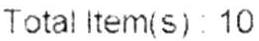
TOTAL ITEM(S) : 10